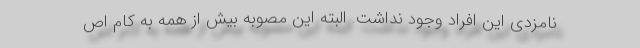
نامزدی این افراد وجود نداشت. البته این مصوبه بیش از همه به کام اص